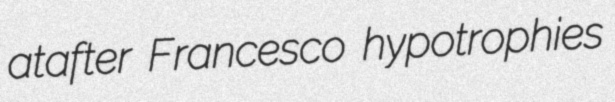
atafter Francesco hypotrophies